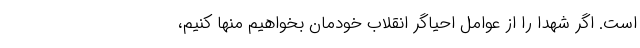
است. اگر شهدا را از عوامل احیاگر انقلاب خودمان بخواهیم منها کنیم،